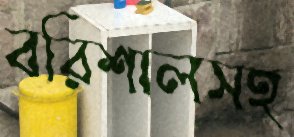
বরিশালসহ